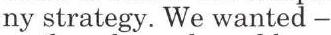
ny strategy. We wanted −